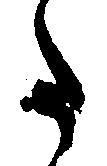
た